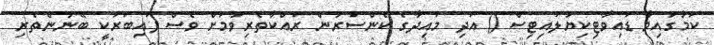
ކަމުގައިވާ ޑައިވާޓިކިޔުލައިޓިސް () އަދި މައިދާގެ ކެންސަރުން ރައްކާތެރިވުމަށް ވެސް ފައިބަރަކީ ބޭނުންތެރި